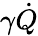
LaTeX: \gamma\dot{Q}